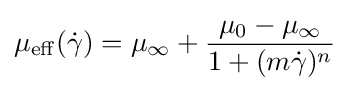
\mu _{\mathrm {eff} }({\dot {\gamma }})=\mu _{\infty }+{\frac {\mu _{0}-\mu _{\infty }}{1+(m{\dot {\gamma }})^{n}}}